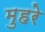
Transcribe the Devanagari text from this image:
मुहरे